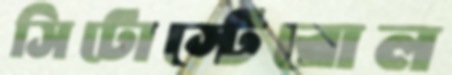
সিটোস্টেরোল